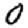
Digit: 0